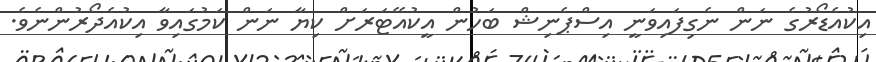
އިކުއެޑޯރުގެ ނަން ނެގިފައިވަނީ އިސްޕެނިޝް ބަހުން އީކުއޭޓަރަށް ކިޔާ ނަން ކަމުގައިވާ އިކުއެދޯރުންނެވެ.